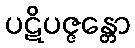
ပဋိပဇ္ဇန္တော